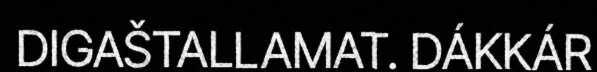
DIGAŠTALLAMAT. DÁKKÁR